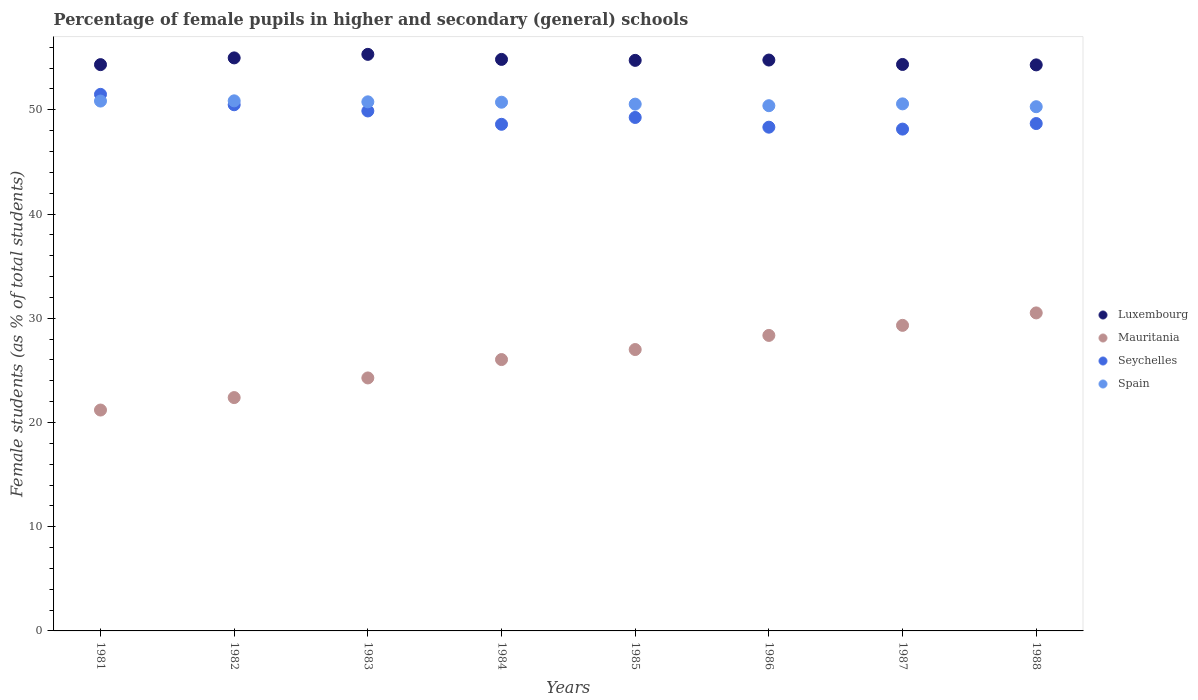
| Years | Luxembourg | Mauritania | Seychelles | Spain |
 | --- | --- | --- | --- | --- |
 | 1981 | 54.3 | 21.2 | 51.5 | 50.8 |
 | 1982 | 55 | 22.4 | 50.5 | 50.9 |
 | 1983 | 55.3 | 24.3 | 49.9 | 50.8 |
 | 1984 | 54.8 | 26 | 48.6 | 50.7 |
 | 1985 | 54.7 | 27 | 49.3 | 50.5 |
 | 1986 | 54.8 | 28.4 | 48.3 | 50.4 |
 | 1987 | 54.3 | 29.3 | 48.1 | 50.6 |
 | 1988 | 54.3 | 30.5 | 48.7 | 50.3 |